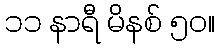
၁၁ နာရီ မိနစ် ၅၀။